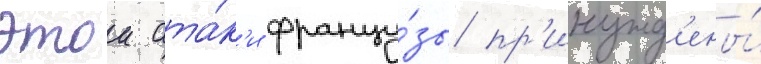
этои ата́к'и францу́зы пр'инужд'ены́